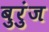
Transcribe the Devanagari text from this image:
बुरुंज